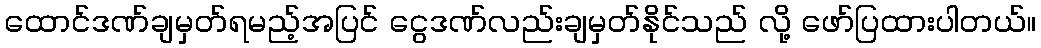
ထောင်ဒဏ်ချမှတ်ရမည့်အပြင် ငွေဒဏ်လည်းချမှတ်နိုင်သည် လို့ ဖော်ပြထားပါတယ်။